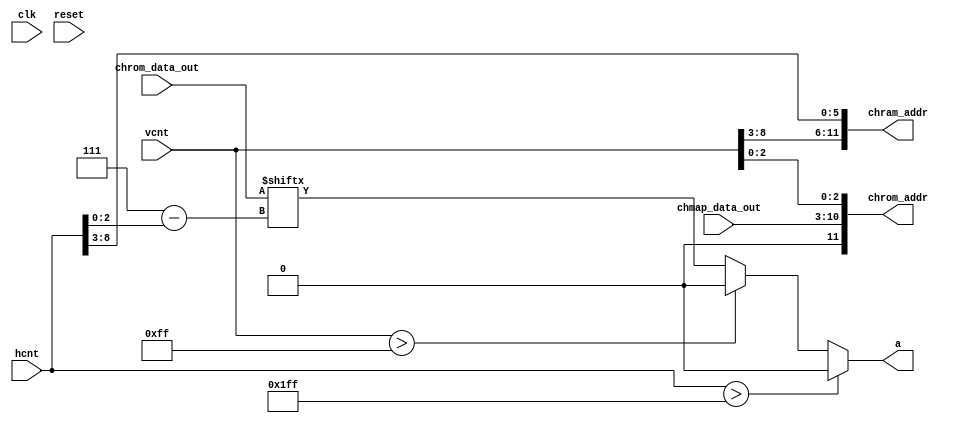
`timescale 1ns / 1ps
/*============================================================================
	Aznable (custom 8-bit computer system) - Casval (character map)

	Author: Jim Gregory - https://github.com/JimmyStones/
	Version: 1.0
	Date: 2021-10-20

	This program is free software; you can redistribute it and/or modify it
	under the terms of the GNU General Public License as published by the Free
	Software Foundation; either version 3 of the License, or (at your option)
	any later version.

	This program is distributed in the hope that it will be useful,
	but WITHOUT ANY WARRANTY; without even the implied warranty of
	MERCHANTABILITY or FITNESS FOR A PARTICULAR PURPOSE.  See the
	GNU General Public License for more details.

	You should have received a copy of the GNU General Public License along
	with this program. If not, see <http://www.gnu.org/licenses/>.
===========================================================================*/

module charmap (
	input	clk,
	input	reset,
	input	[9:0] hcnt,
	input	[9:0] vcnt,
	input	[7:0] chrom_data_out,
	input	[7:0] chmap_data_out,
	output [11:0] chram_addr,
	output [11:0] chrom_addr,
	output 		  a
);

// Character map
wire [2:0] chpos_x = 3'd7 - hcnt[2:0];
wire [2:0] chpos_y = vcnt[2:0];
wire [5:0] chram_x = hcnt[8:3];
wire [5:0] chram_y = vcnt[8:3];
assign a = hcnt > 'd511 ? 1'b0 : vcnt > 'd255 ? 1'b0 : chrom_data_out[chpos_x[2:0]];
//assign a = chrom_data_out[chpos_x[2:0]];
assign chram_addr = {chram_y, chram_x};
assign chrom_addr = {1'b0, chmap_data_out[7:0], chpos_y};


endmodule